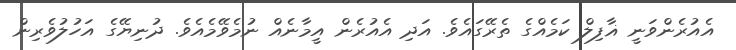
އެއުރެންވަނީ ޣާފިލް ކަމެއްގެ ތެރޭގައެވެ. އަދި އެއުރެން އީމާނެއް ނުމެވޭމެއެވެ. ދުނިޔޭގެ އަހުލުވެރިން